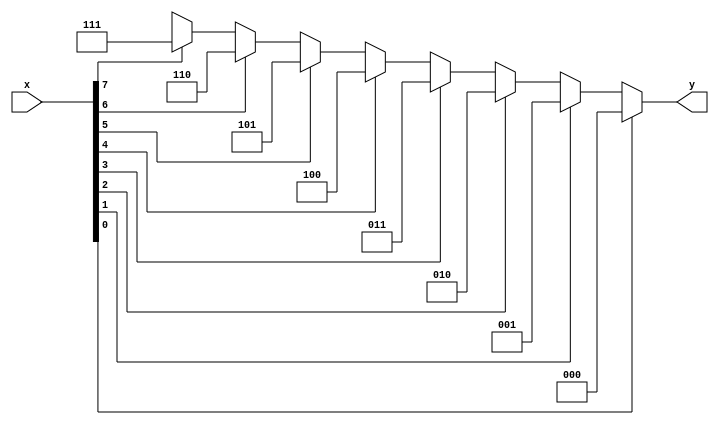
module priority_encoder(x, y);

input [7:0] x;
output[2:0] y;
wire [2:0] y;

assign y = (x[0]==1'b1)?0:(x[1]==1'b1)?1:(x[2]==1'b1)?2:(x[3]==1'b1)?3:(x[4]==1'b1)?4:(x[5]==1'b1)?5:(x[6]==1'b1)?6:(x[7]==1'b1)?7:3'bx;

endmodule